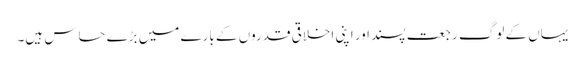
یہاں کے لوگ رجعت پسند اور اپنی اخلاقی قدروں کے بارے میں بڑے حساس ہیں۔